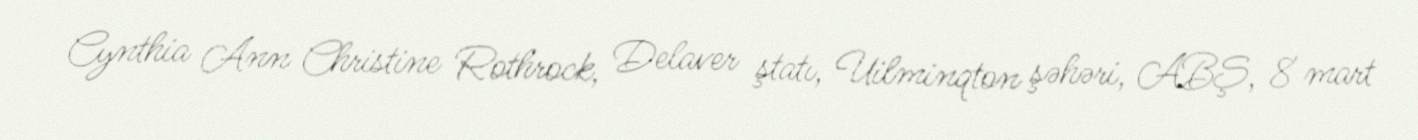
Cynthia Ann Christine Rothrock, Delaver ştatı, Uilminqton şəhəri, ABŞ, 8 mart